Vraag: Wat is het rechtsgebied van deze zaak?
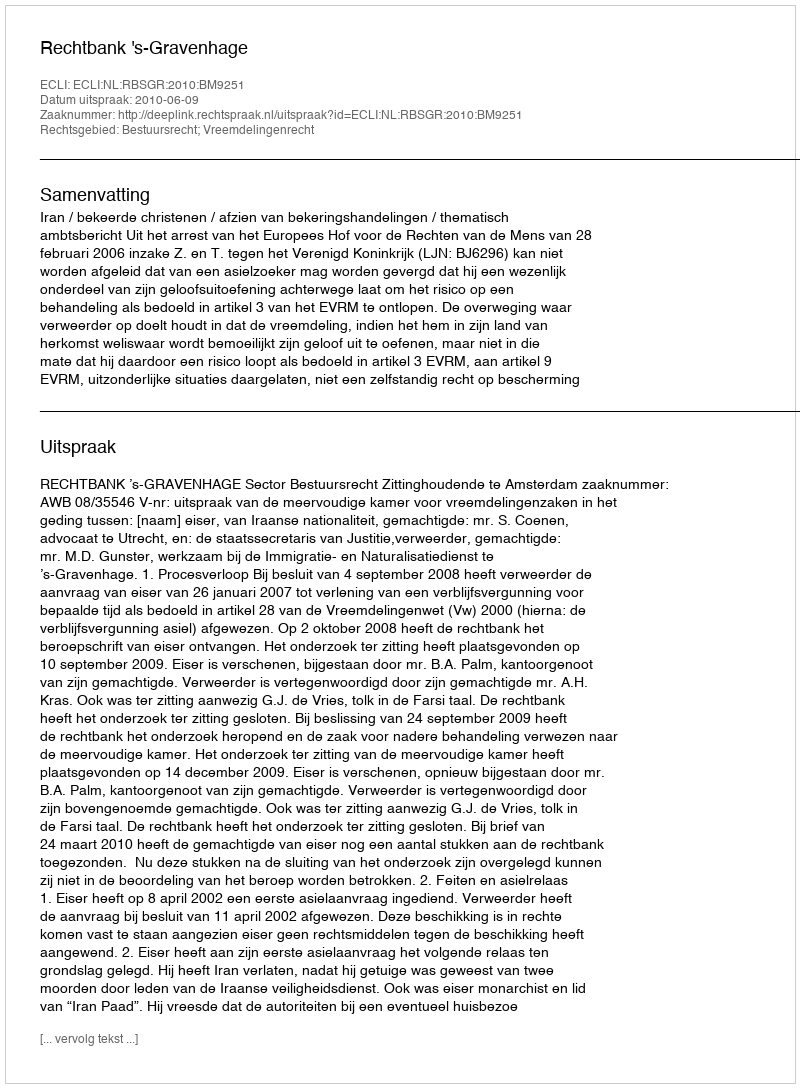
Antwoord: Bestuursrecht; Vreemdelingenrecht